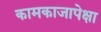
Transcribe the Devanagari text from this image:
कामकाजापेक्षा